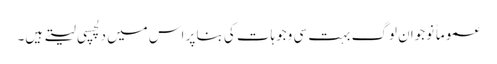
عموماً نوجوان لوگ بہت سی وجوہات کی بنا پر اس میں دلچسپی لیتے ہیں۔